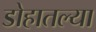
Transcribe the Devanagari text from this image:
डोहातल्या